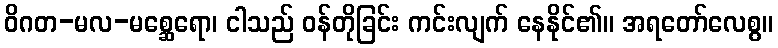
ဝိဂတ-မလ-မစ္ဆေရော၊ ငါသည် ဝန်တိုခြင်း ကင်းလျက် နေနိုင်၏။ အရတော်လေစွ။